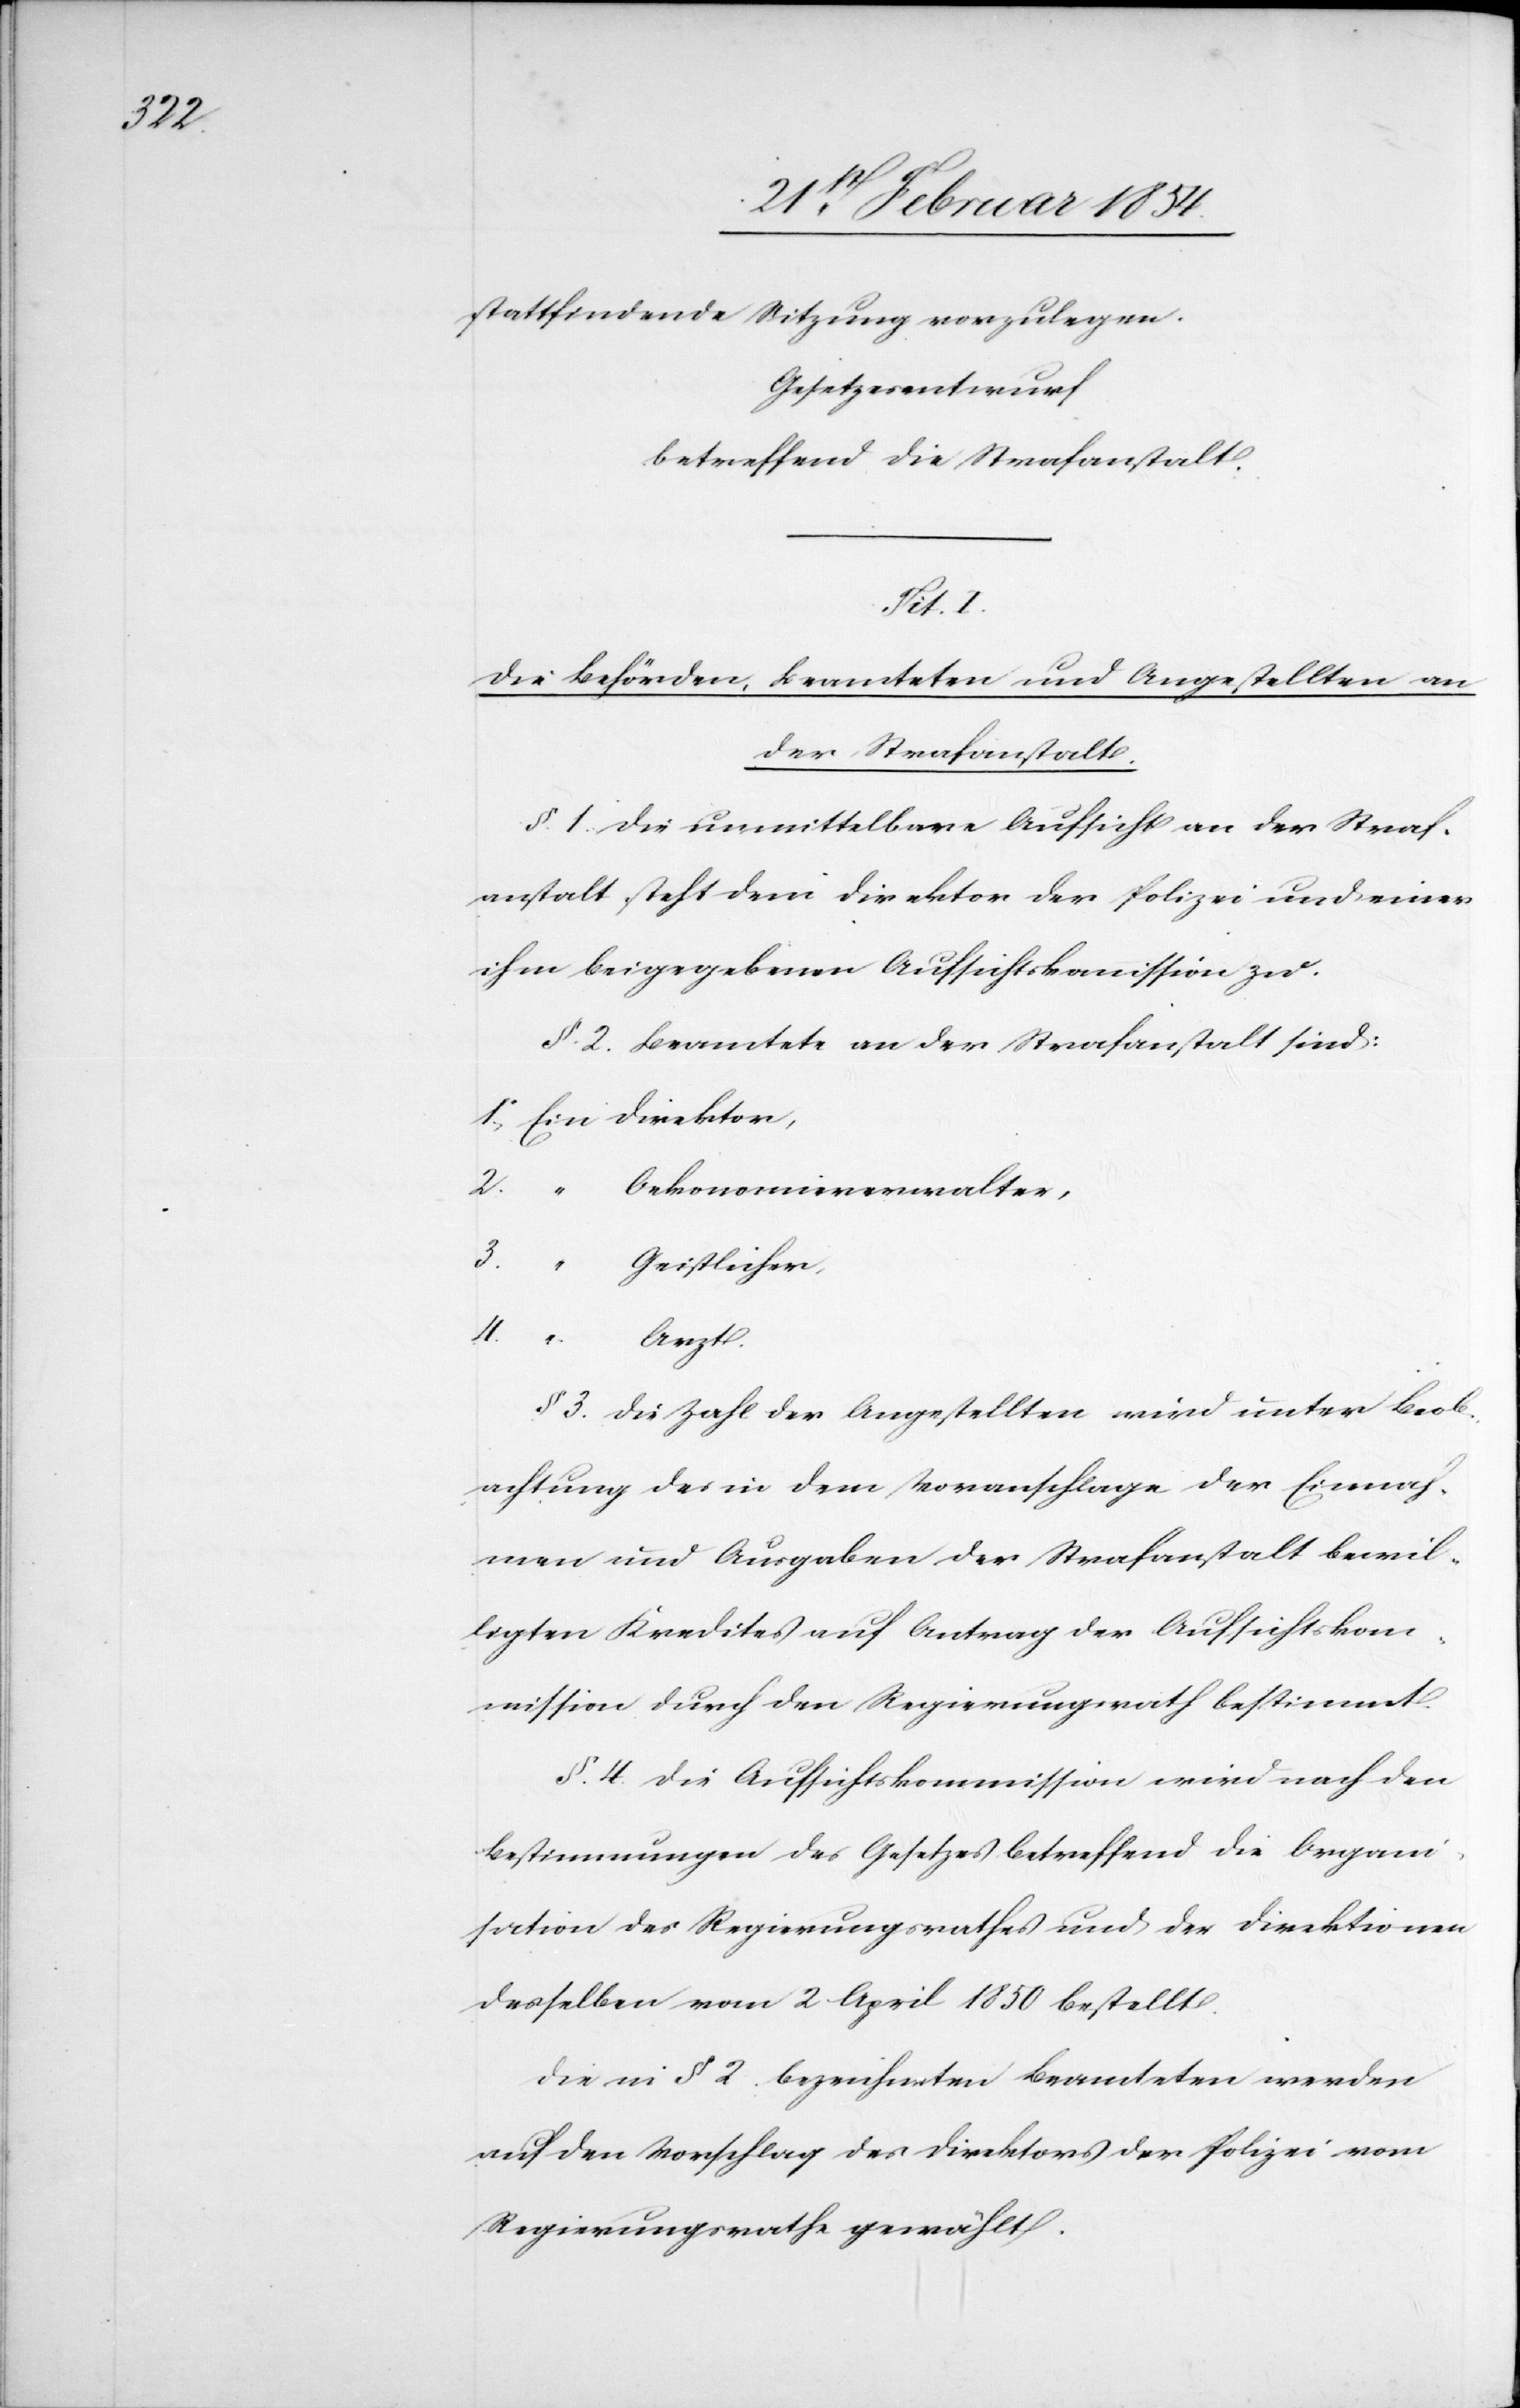
stattfindende Sitzung vorzulegen.
Gesetzesentwurf
betreffend die Strafanstalt.
Tit. I.
Die Behörden, Beamteten und Angestellten an
der Strafanstalt.
§. 1. Die unmittelbare Aufsicht an der Straf¬
anstalt steht dem Direktor der Polizei und einer
ihm beigegebenen Aufsichtskommission zu.
§. 2. Beamtete an der Strafanstalt sind:
1. Ein Direktor,
2. „ Oekonomieverwalter,
2.
„
Geistlicher,
4.
Arzt.
§ 3. Die Zahl der Angestellten wird unter Beob¬
achtung des in dem Voranschlage der Einnah¬
men und Ausgaben der Strafanstalt bewil¬
ligten Kredites auf Antrag der Aufsichtskom¬
mission durch de Regierungsrath bestimmt.
§. 4. Die Aufsichtskommission wird nach den
Bestimmungen des Gesetzes betreffend die Organi¬
sation des Regierungsrathes und der Direktionen
desselben vom 2 April 1850 bestellt.
Die in § 2. bezeichneten Beamteten werden
auf den Vorschlag des Direktors der Polizei vom
Regierungsrathe gewählt.